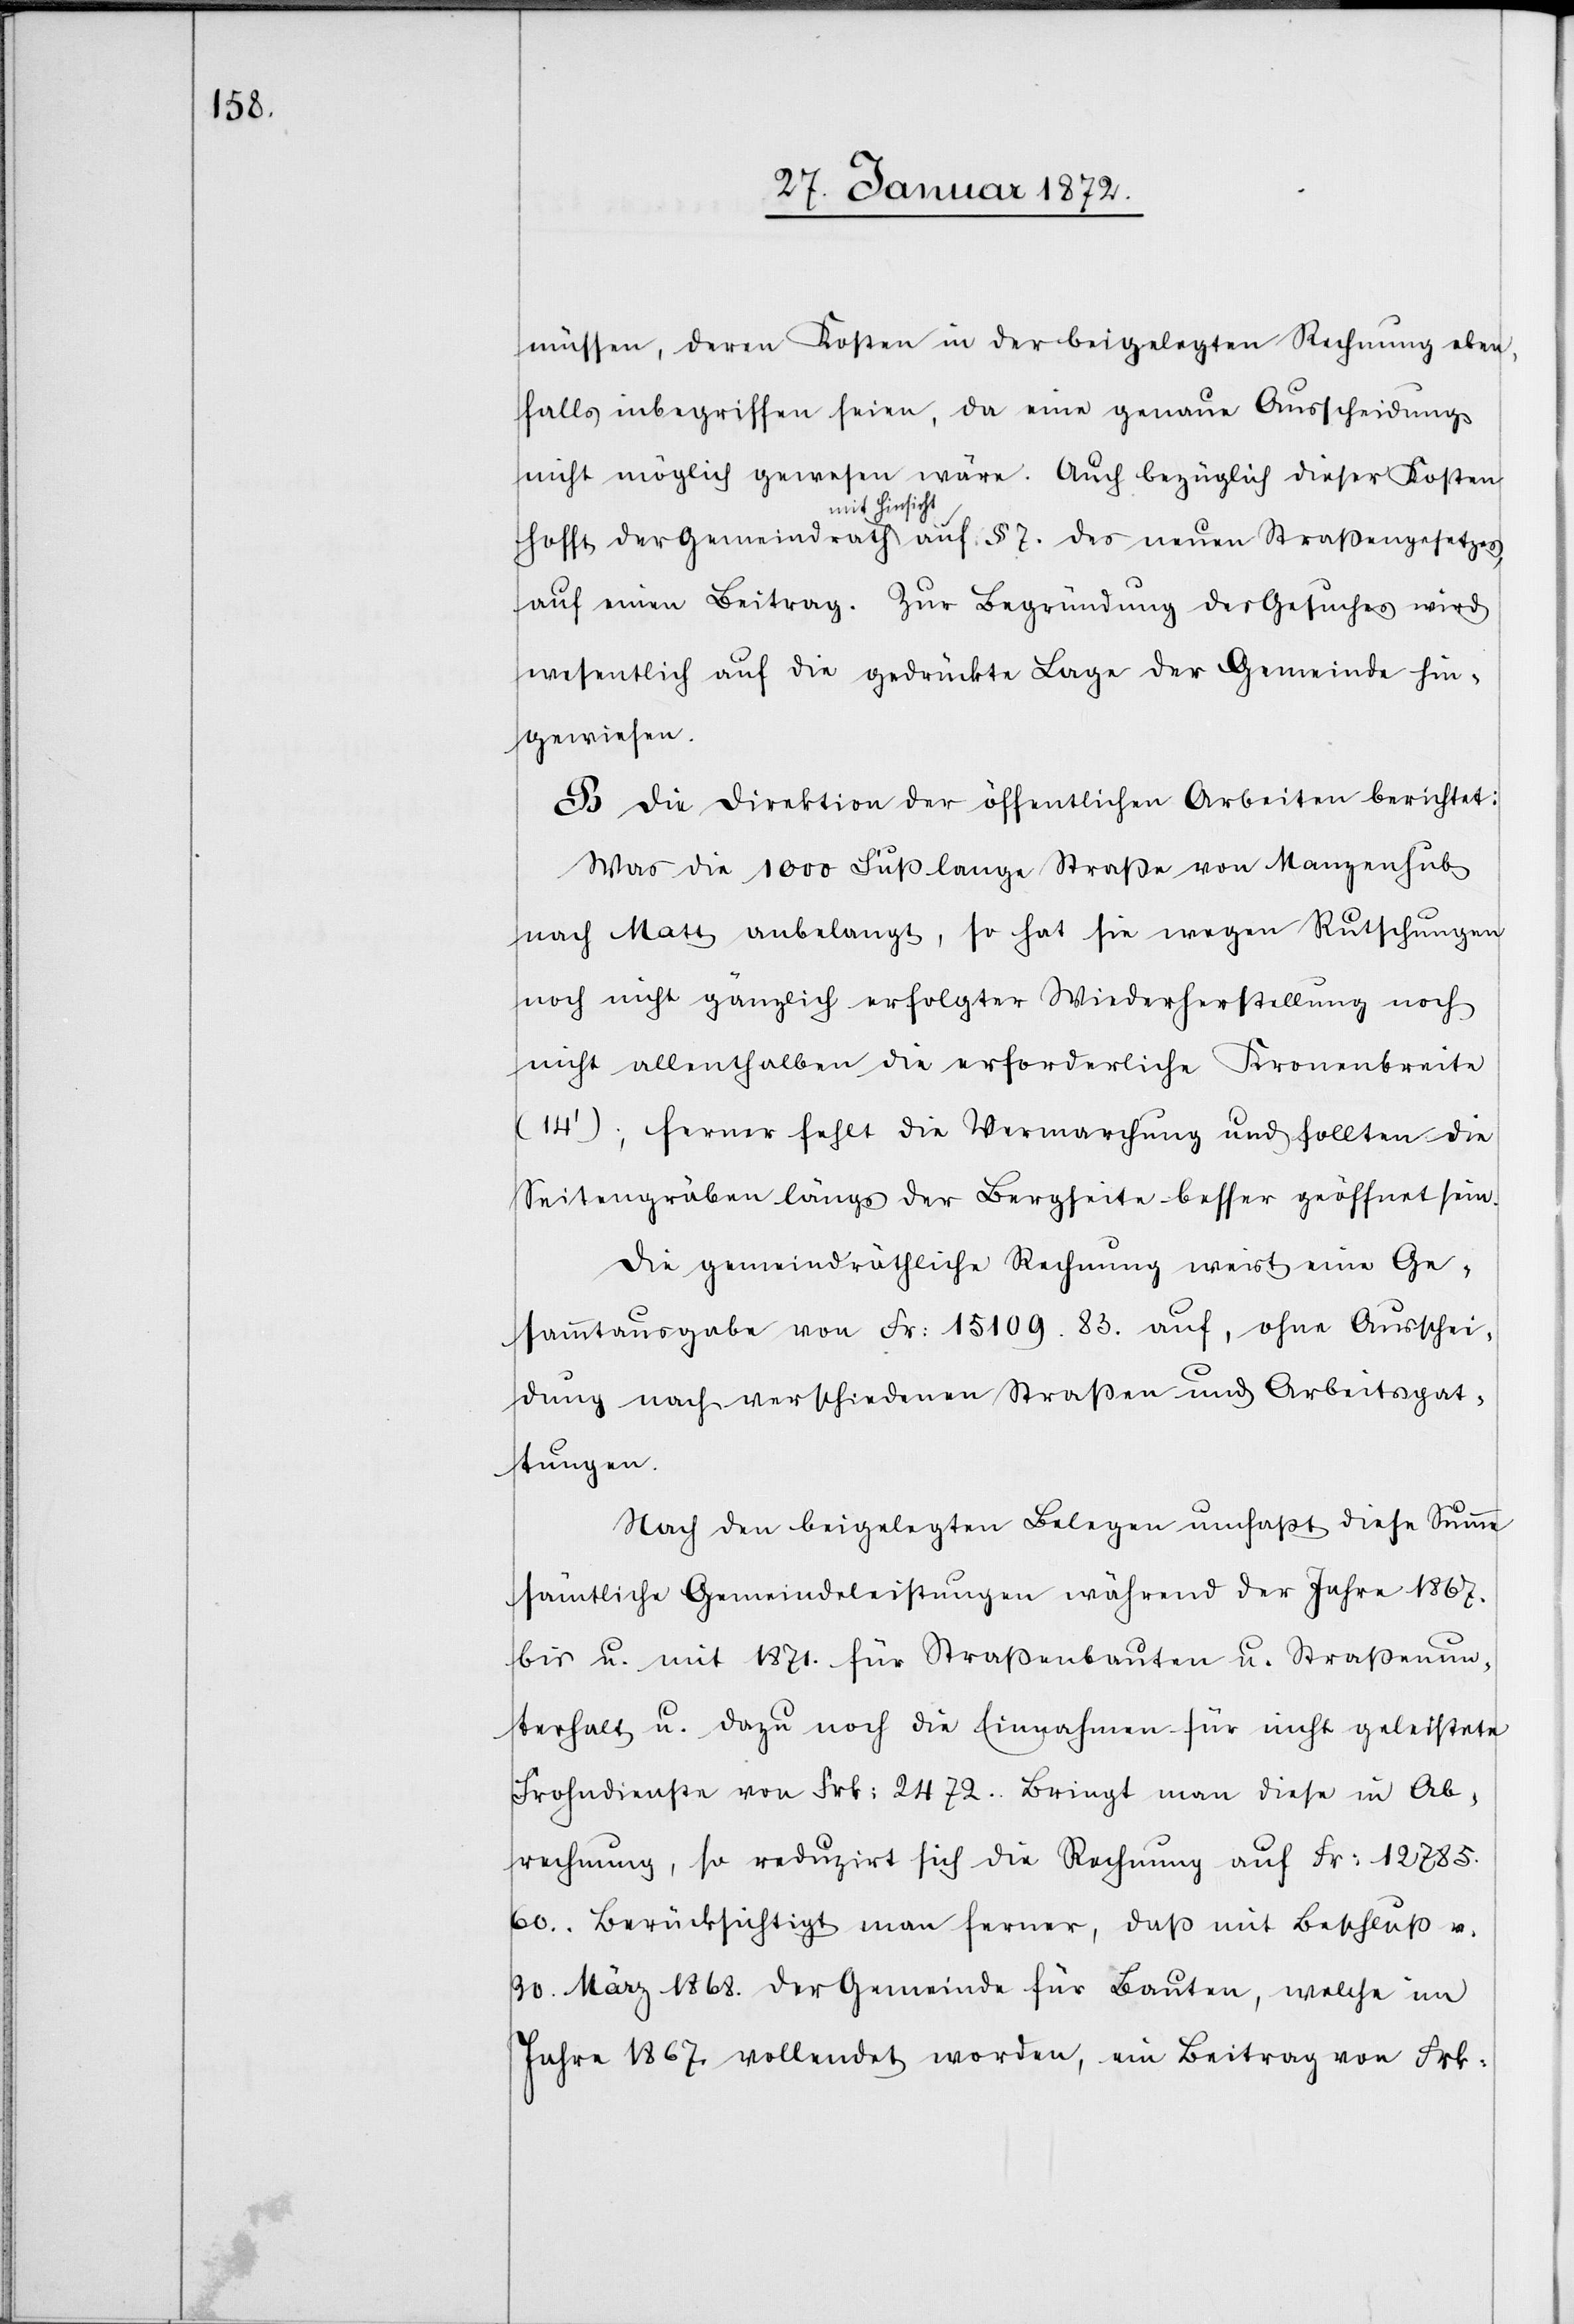
müssen, deren Kosten in der beigelegten Rechnung eben¬
falls inbegriffen seien, da eine genaue Ausscheidung
nicht möglich gewesen wäre. Auch bezüglich dieser Kosten
hofft der Gemeindrath mit Hinsicht auf § 7. des neuen Straßengesetzes
auf einen Beitrag. Zur Begründung des Gesuches wird
wesentlich auf die gedrückte Lage der Gemeinde hin¬
gewiesen.
B Die Direktion der öffentlichen Arbeiten berichtet:
Was die 1000 Fuß lange Straße von Manzenhub
nach Matt anbelangt, so hat sie wegen Rutschungen
noch nicht gänzlich erfolgter Wiederherstellung noch
nicht allenthalben die erforderliche Kronenbreite
(14'); ferner fehlt die Vermarchung und sollten die
Seitengräben längs der Bergseite besser geöffnet sein.
Die gemeindräthliche Rechnung weist eine Ge¬
sammtausgabe von Fr: 15 109.83. auf, ohne Ausschei¬
dung nach verschiedenen Straßen und Arbeitsgat¬
tungen.
Nach den beigelegten Belegen umfaßt diese Summe
sämtliche Gemeindeleistungen während der Jahre 1867.
bis u. mit 1871. für Straßenbauten u. Straßenun¬
terhalt u. dazu noch die Einnahmen für nicht geleistete
Frohndienste von Frk: 2472. Bringt man diese in Ab¬
rechnung, so reduzirt sich die Rechnung auf Fr: 12
785.60. Berücksichtigt man ferner, daß mit Beschluß v.
30. März 1868. der Gemeinde für Bauten, welche im
Jahre 1867 vollendet worden, ein Beitrag von Frk.